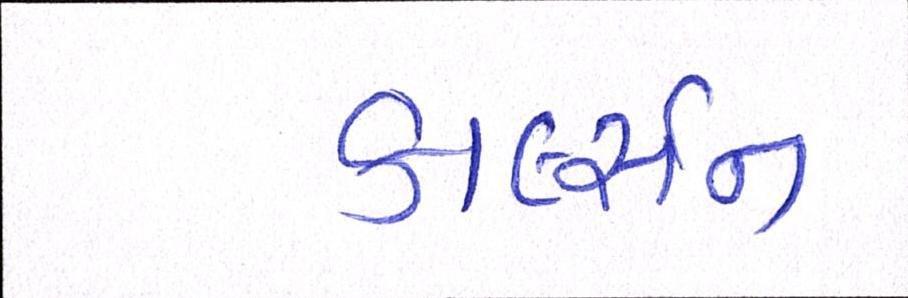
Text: કાર્લ્સન